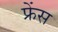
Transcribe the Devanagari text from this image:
फ्रेंस